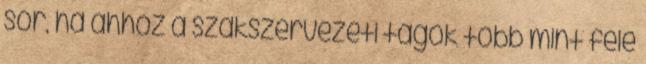
sor, ha ahhoz a szakszervezeti tagok több mint fele